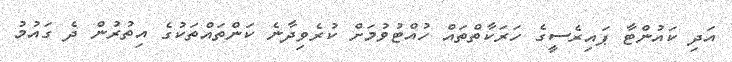
އަދި ކައުންޓާ ޕައިރެސީގެ ހަރަކާތްތައް ހުއްޓުވުމަށް ކުރެވިދާނެ ކަންތައްތަކުގެ އިތުރުން ދެ ގައުމު